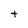
Character: t